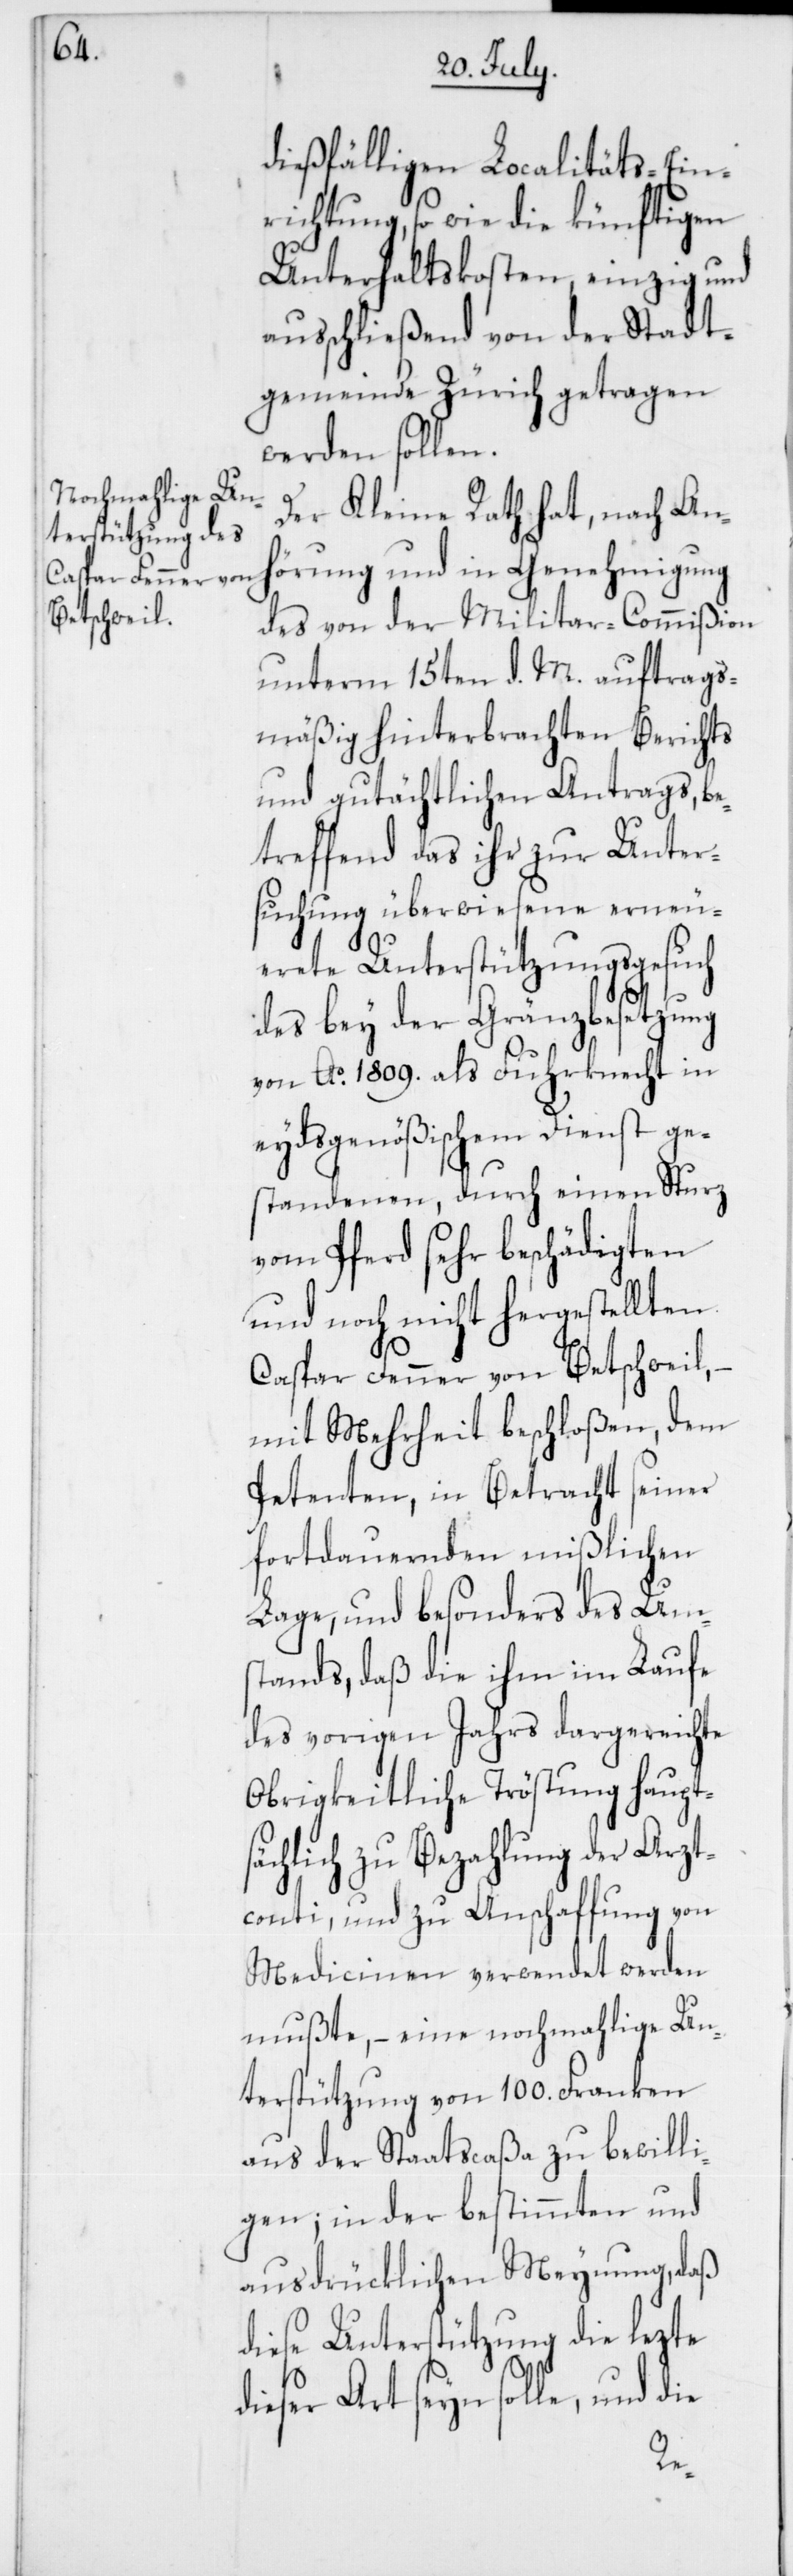
dießfälligen Localitäts-Ein¬
richtung, so wie die künftigen
Unterhaltskosten, einzig und
außchließend von der Stadt¬
gemeinde Zürich getragen
werden sollen.
Der Kleine Rath hat, nach Anh¬
örung und in Genehmigung
des von der Militar-Commißion
unterm 15ten d. M. auftrags¬
mäßig hinterbrachten Berichts
und gutächtlichen Antrags, be¬
treffend das ihr zur Unter¬
suchung überwiesene erneu¬
erete Unterstützungsgesuch
des bey der Gränzbesetzung
von Ao. 1809. als Fuhrknecht in
eydsgenößischem Dienst ge¬
standenen, durch einen Sturz
vom Pferd sehr beschädigten
und noch nicht hergestellten
Caspar Fenner von Betschweil,
mit Mehrheit beschloßen, dem
Petenten, in Betracht seiner
fortdauernden mißlichen
Lage, und besonders des Um¬
stands, daß die ihm im Laufe
des vorigen Jahrs dargereichte
Obrigkeitliche Tröstung haupts¬
ächlich zu Bezahlung der Arzt¬
conti, und zu Anschaffung von
Medicinen verwendet werden
mußte, – eine nochmahlige Un¬
terstützung von 100. Franken
aus der Staatscaßa zu bewill¬
igen; in der bestimmten und
ausdrüklichen Meynung, daß
diese Unterstützung die lezte
dieser Art seyn solle, und die